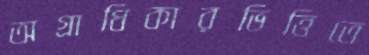
অগ্রাধিকারভিত্তিতে